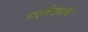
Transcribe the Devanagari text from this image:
मार्कंड्यास